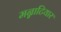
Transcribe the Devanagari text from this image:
मन्नाटियार